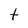
Character: t